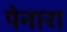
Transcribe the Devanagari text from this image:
पेनारा